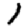
Digit: 1